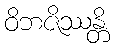
ဝိဘဇိဿန္တိ